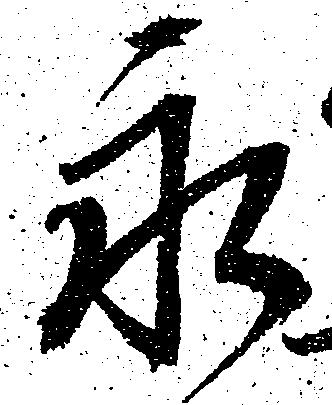
永